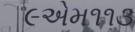
૯એમ૧૧૩